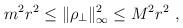
LaTeX: \begin{align*} m^2 r^2 \leq \|\rho_\perp\|^2_\infty \leq M^2 r^2~,\end{align*}